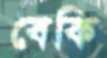
বেকি